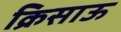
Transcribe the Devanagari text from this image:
क्रिसाऊ